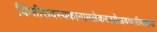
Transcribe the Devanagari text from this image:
किसीसदस्यकानामलेकरउसेअवकारीबताना